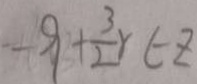
- 9 + \frac { 3 } { 2 } r \in 2